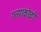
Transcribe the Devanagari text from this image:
रानपाकोळी